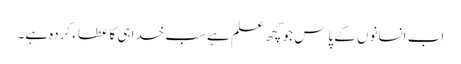
اب انسانوں کے پاس جو کچھ علم ہے سب خدا ہی کا عطاء کردہ ہے۔